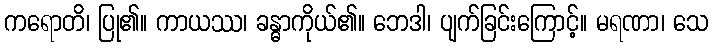
ကရောတိ၊ ပြု၏။ ကာယဿ၊ ခန္ဓာကိုယ်၏။ ဘေဒါ၊ ပျက်ခြင်းကြောင့်။ မရဏာ၊ သေ